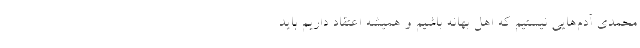
محمدی آدم‌هایی نیستیم که اهل بهانه باشیم و همیشه اعتقاد داریم باید